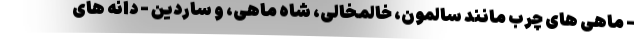
- ماهی های چرب مانند سالمون، خالمخالی، شاه ماهی، و ساردین - دانه های